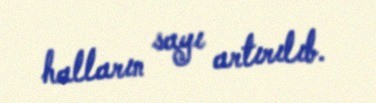
halların sayı artırılıb.